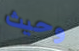
وحيث